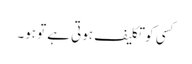
کسی کو تکلیف ہوتی ہے تو ہو۔